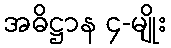
အဓိဋ္ဌာန ၄-မျိုး